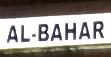
al-bahar